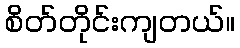
စိတ်တိုင်းကျတယ်။